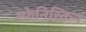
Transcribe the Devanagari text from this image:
स्फेनिस्किन